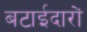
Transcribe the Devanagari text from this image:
बटाईदारों